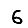
Digit: 6